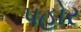
પહોર